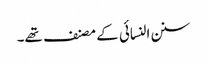
سنن النسائی کے مصنف تھے۔